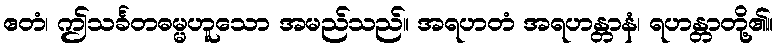
ဧတံ၊ ဤသင်္ခတဓမ္မဟူသော အမည်သည်။ အရဟတံ အရဟန္တာနံ၊ ရဟန္တာတို့၏။